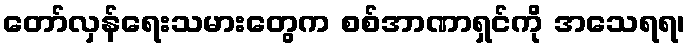
တော်လှန်ရေးသမားတွေက စစ်အာဏာရှင်ကို အသေရရ၊